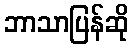
ဘာသာပြန်ဆို